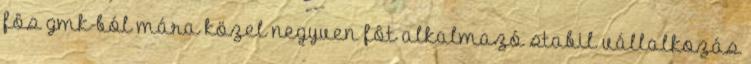
fôs gmk-ból mára közel negyven fôt alkalmazó stabil vállalkozás